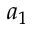
a _ { 1 }